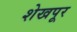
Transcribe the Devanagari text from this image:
शेखपूर